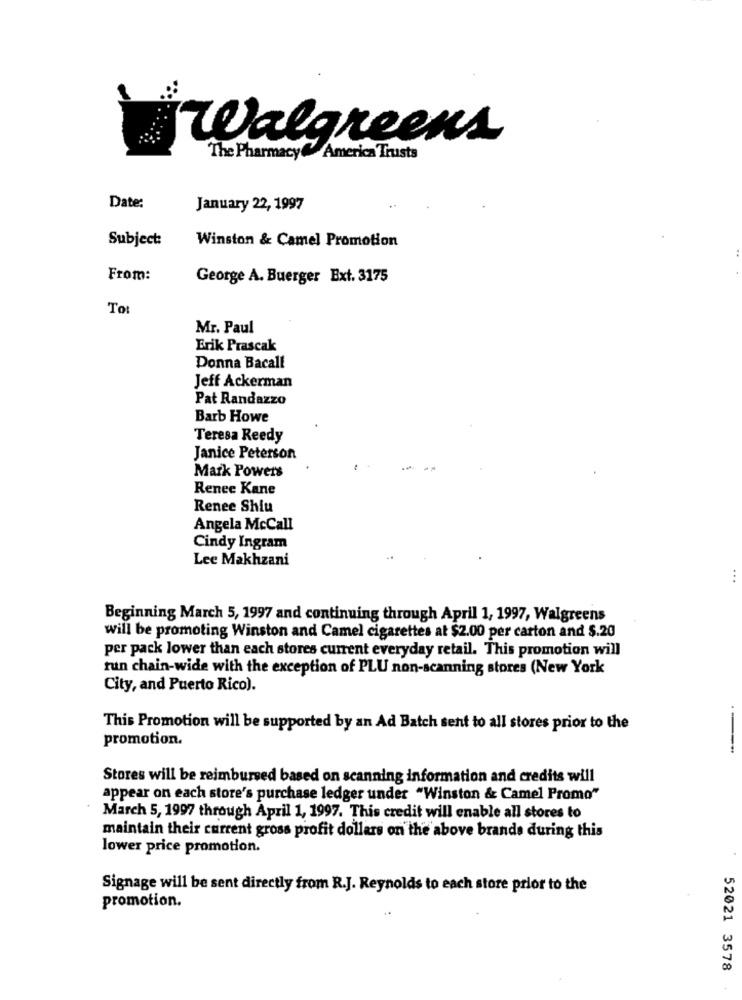
Walgreens
The Pharmacy. America Trusts
Date:
January 22, 1997
Subject:
Winston & Camel Promotion
From:
George A. Buerger Ext. 3175
Tot
Mr. Paul
Erik Prascak
Donna Bacall
Jeff Ackerman
Pat Randazzo
Barb Howe
Teresa Reedy
Janice Peterson
Mark Powers
Renee Kane
Renee Shiu
Angela McCall
Cindy Ingram
Lee Makhzani
Beginning March 5, 1997 and continuing through April 1, 1997, Walgreens
will be promoting Winston and Camel cigarettes at $2.00 per carton and $.20
per pack lower than each stores current everyday retail. This promotion will
fun chain-wide with the exception of PLU non-scanning stores (New York
City, and Puerto Rico).
This Promotion will be supported by an Ad Batch sent to all stores prior to the
-
promotion.
Stores will be reimbursed based on scanning information and credits will
appear on each store's purchase ledger under "Winston & Camel Promo"
March 5, 1997 through April 1, 1997. This credit will enable all stores to
maintain their current gross profit dollars on the above brande during this
lower price promotion.
Signage will be sent directly from R.J. Reynolds to each store prior to the
promotion.
52021 3578